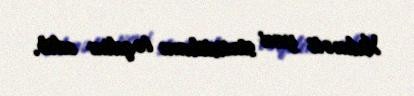
Xidməti yeni statistikanı təqdim edib.